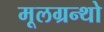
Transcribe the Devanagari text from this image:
मूलग्रन्थो